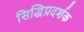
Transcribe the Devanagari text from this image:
सिद्धिप्रदर्शक